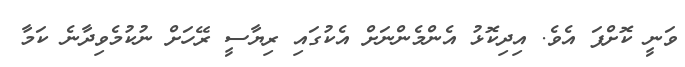
ވަނީ ކޮށްފަ އެވެ. އިދިކޮޅު އެންމެންނަށް އެކުގައި ރިޔާސީ ރޭހަށް ނުކުމެވިދާނެ ކަމާ